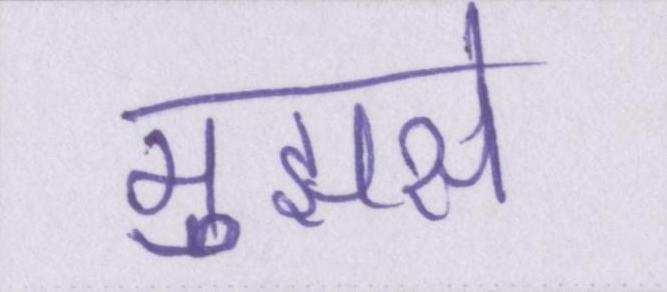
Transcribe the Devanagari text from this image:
मुझसे